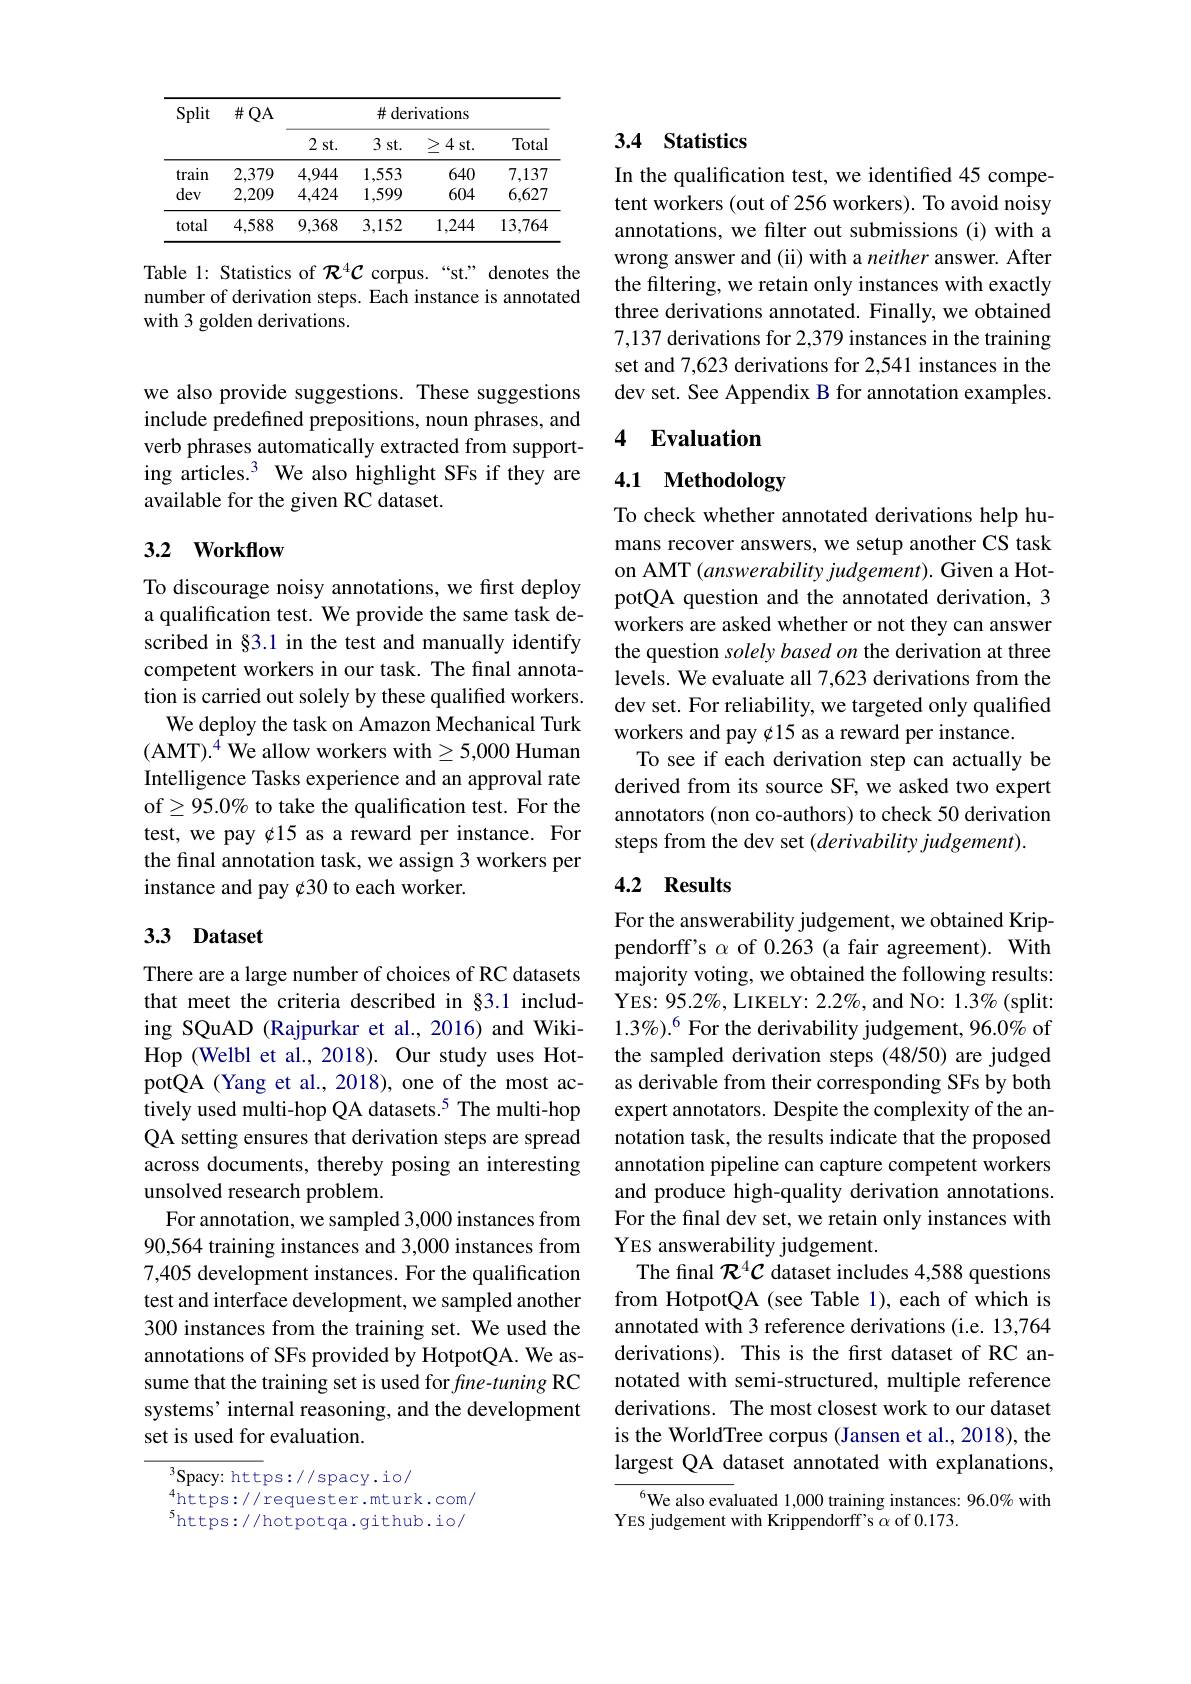
<table>
	<tbody>
		<tr>
			<th rowspan="2">Split</th>
			<th rowspan="2">$\#QA$</th>
			<th colspan="4">$\#$derivations</th>
		</tr>
		<tr>
			<th>2 st. T</th>
			<th>3 st. </th>
			<th>$\geq4$ st. </th>
			<th>Tota</th>
		</tr>
		<tr>
			<td>train</td>
			<td>2,379</td>
			<td>4.944</td>
			<td>1,553</td>
			<td>640</td>
			<td>7,137</td>
		</tr>
		<tr>
			<td>dev</td>
			<td>2,209</td>
			<td>4,424</td>
			<td>1,599</td>
			<td>604</td>
			<td>6,627</td>
		</tr>
		<tr>
			<td>total</td>
			<td>4,588</td>
			<td>9,368</td>
			<td>3,152</td>
			<td>1,244</td>
			<td>13,764</td>
		</tr>
	</tbody>
</table>

Table 1: Statistics of $\mathcal{R}^4\mathcal{C}$ corpus.“st" denotes the number of derivation steps. Each instance is annotated with 3 golden derivations.

we also provide suggestions. These suggestions include predefined prepositions, noun phrases, and ing articles.$^3$ We also highlight SFs if they are available for the given RC dataset.

### 3.2 Workflow

To discourage noisy annotations, we first deploy a qualification test. We provide the same task described in §3.1 in the test and manually identify competent workers in our task. The final annotation is carried out solely by these qualified workers.
We deploy the task on Amazon Mechanical Turk (AMT$).^4$ We allow workers with$\geq5,000$ Human Intelligence Tasks experience and an approval rate of$\geq95.0\%$ to take the qualification test. For the test, we pay ¢15 as a reward per instance. For the final annotation task, we assign 3 workers per instance and pay ¢30 to each worker.

# 33 Dataset

There are a large number of choices of RC datasets that meet the criteria described in §3.1 including SQuAD (Rajpurkar et al., 2016) and WikiHop (Welbl et al., 2018). Our study uses HotpotQA (Yang et al., 2018), one of the most actively used multi-hop QA datasets.$^{5}$ The multi-hop QA setting ensures that derivation steps are spread across documents, thereby posing an interesting unsolved research problem.
For annotation, we sampled 3,000 instances from 90,564 training instances and 3,000 instances from 7,405 development instances. For the qualification test and interface development, we sampled another 300 instances from the training set. We used the annotations of SFs provided by HotpotQA. We assume that the training set is used for fine-tuning RC systems’internal reasoning, and the development set is used for evaluation.

$^3$Spacy: https://spacy.io/
$_{s}^{4}$https://requester.mturk.com/ $^{5}$https://hotpotqa.github.io/

# 3.4 Statistics

In the qualification test, we identified 45 competent workers (out of 256 workers). To avoid noisy annotations, we filter out submissions (i) with a wrong answer and (ii) with a neither answer. After the filtering, we retain only instances with exactly three derivations annotated. Finally, we obtained 7,137 derivations for 2,379 instances in the training set and 7,623 derivations for 2,541 instances in the dev set. See Appendix B for annotation examples.

# verb phrases automatically extracted from support- 4 Evaluation

## 4.1 Methodology

To check whether annotated derivations help humans recover answers, we setup another CS task on AMT $(answerabilityjudgement).$ Given a HotpotQA question and the annotated derivation, 3 workers are asked whether or not they can answer the question solely based on the derivation at three levels. We evaluate all 7,623 derivations from the dev set. For reliability, we targeted only qualified workers and pay ¢15 as a reward per instance
To see if each derivation step can actually be derived from its source SF, we asked two expert annotators (non co-authors) to check 50 derivation steps from the dev set (derivability judgement).

### 4.2 Results

For the answerability judgement, we obtained Krippendorff's $\alpha$ of 0.263 (a fair agreement).With majority voting, we obtained the following results: YES: 95. 2$\%$, LIKELY: 2. 2$\%$, and No: 1. 3$\%$ ( split: ) 1.3%).$^6$ For the derivability judgement, 96.0% of the sampled derivation steps (48/50) are judged as derivable from their corresponding SFs by both expert annotators. Despite the complexity of the annotation task, the results indicate that the proposed annotation pipeline can capture competent workers and produce high-quality derivation annotations. For the final dev set, we retain only instances with YES answerability judgement.
The final $\mathcal{R}^4\mathcal{C}$ dataset includes 4,588 questions from HotpotQA (see Table 1), each of which is annotated with 3 reference derivations (i.e. 13,764 derivations). This is the frst dataset of RC annotated with semi-structured, multiple reference derivations. The most closest work to our dataset is the WorldTree corpus (Jansen et al., 2018), the largest QA dataset annotated with explanations,

$^{6}$We also evaluated 1,000 training instances: 96.0% with
YES judgement with Krippendorff's $\alpha$ of 0.173.